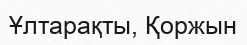
Ұлтарақты, Қоржын